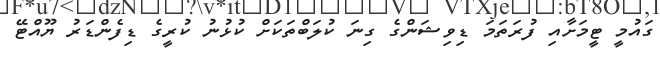
ގައުމީ ޓީމަށާއި ފުރަތަމަ ޑިވިޝަންގެ ގިނަ ކުލަބްތަކަށް ކުޅުނު ކުރީގެ ޑިފެންޑަރު ޔޫއްޓޭ